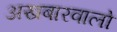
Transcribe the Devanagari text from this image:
अखबारवालो